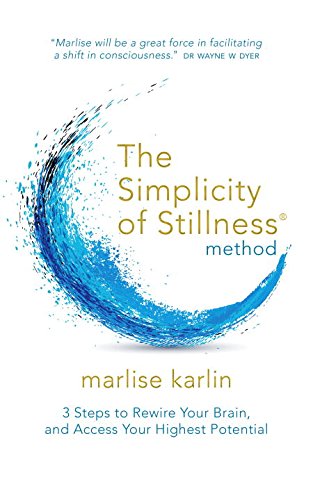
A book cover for The Simplicity of Stillness Method: 3 Steps to Rewire Your Brain, and Access Your Highest Potential; Marlise Karlin; Health, Fitness & Dieting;